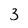
Character: 3